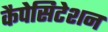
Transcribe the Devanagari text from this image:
कैपेसिटेशन